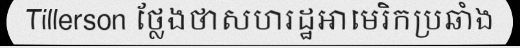
Tillerson ថ្លែងថាសហរដ្ឋអាមេរិកប្រឆាំង